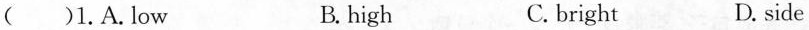
( )1.A.low B. high C.bright D. side